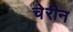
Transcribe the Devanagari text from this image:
चेरीन